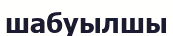
шабуылшы